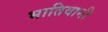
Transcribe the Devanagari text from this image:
भातियानी